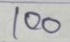
100